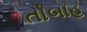
તોબાહ